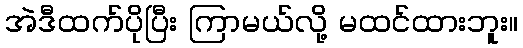
အဲဒီထက်ပိုပြီး ကြာမယ်လို့ မထင်ထားဘူး။